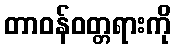
တာဝန်ဝတ္တရားကို